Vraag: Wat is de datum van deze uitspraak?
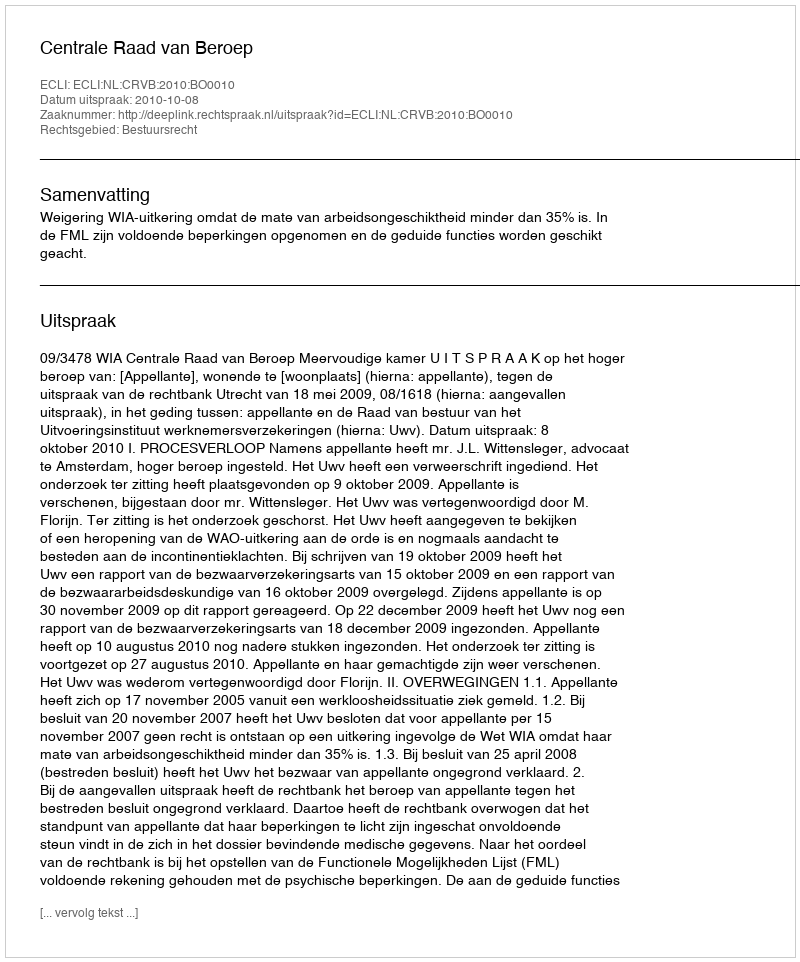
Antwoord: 2010-10-08